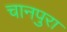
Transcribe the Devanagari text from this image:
चानपुरा